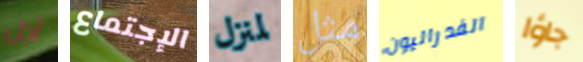
أجل الإجتماع لمنزل مثل الفدراليون جاؤا